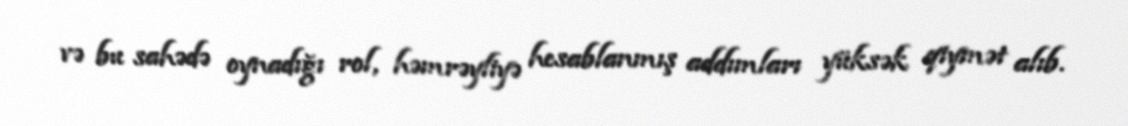
və bu sahədə oynadığı rol, həmrəyliyə hesablanmış addımları yüksək qiymət alıb.